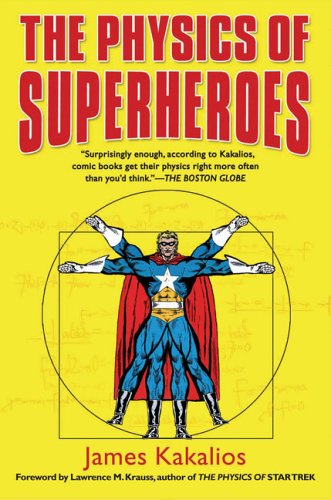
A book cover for The Physics of Superheroes; James Kakalios; Comics & Graphic Novels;